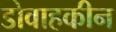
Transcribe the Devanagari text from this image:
डोवाहकीन